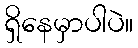
ရှိနေမှာပါပဲ။